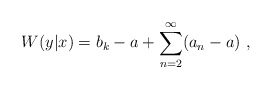
\begin{align*}W(y|x) = b_k - a + \sum_{n=2}^\infty ( a_n - a) \ ,\end{align*}